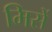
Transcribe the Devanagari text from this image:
मिसें